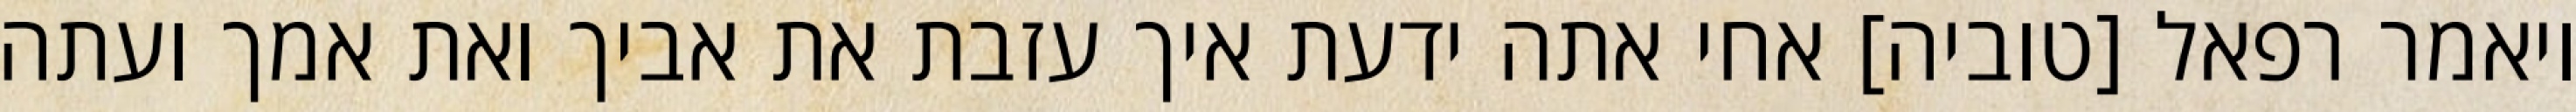
ויאמר רפאל [טוביה] אחי אתה ידעת איך עזבת את אביך ואת אמך ועתה